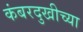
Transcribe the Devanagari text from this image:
कंबरदुखीच्या